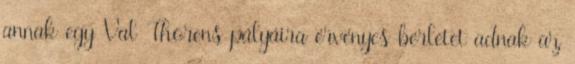
annak egy Val Thorens pályáira érvényes bérletet adnak az